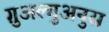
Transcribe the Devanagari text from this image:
ग़ुअल्गुअनुस